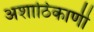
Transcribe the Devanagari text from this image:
अशाठिकाणी